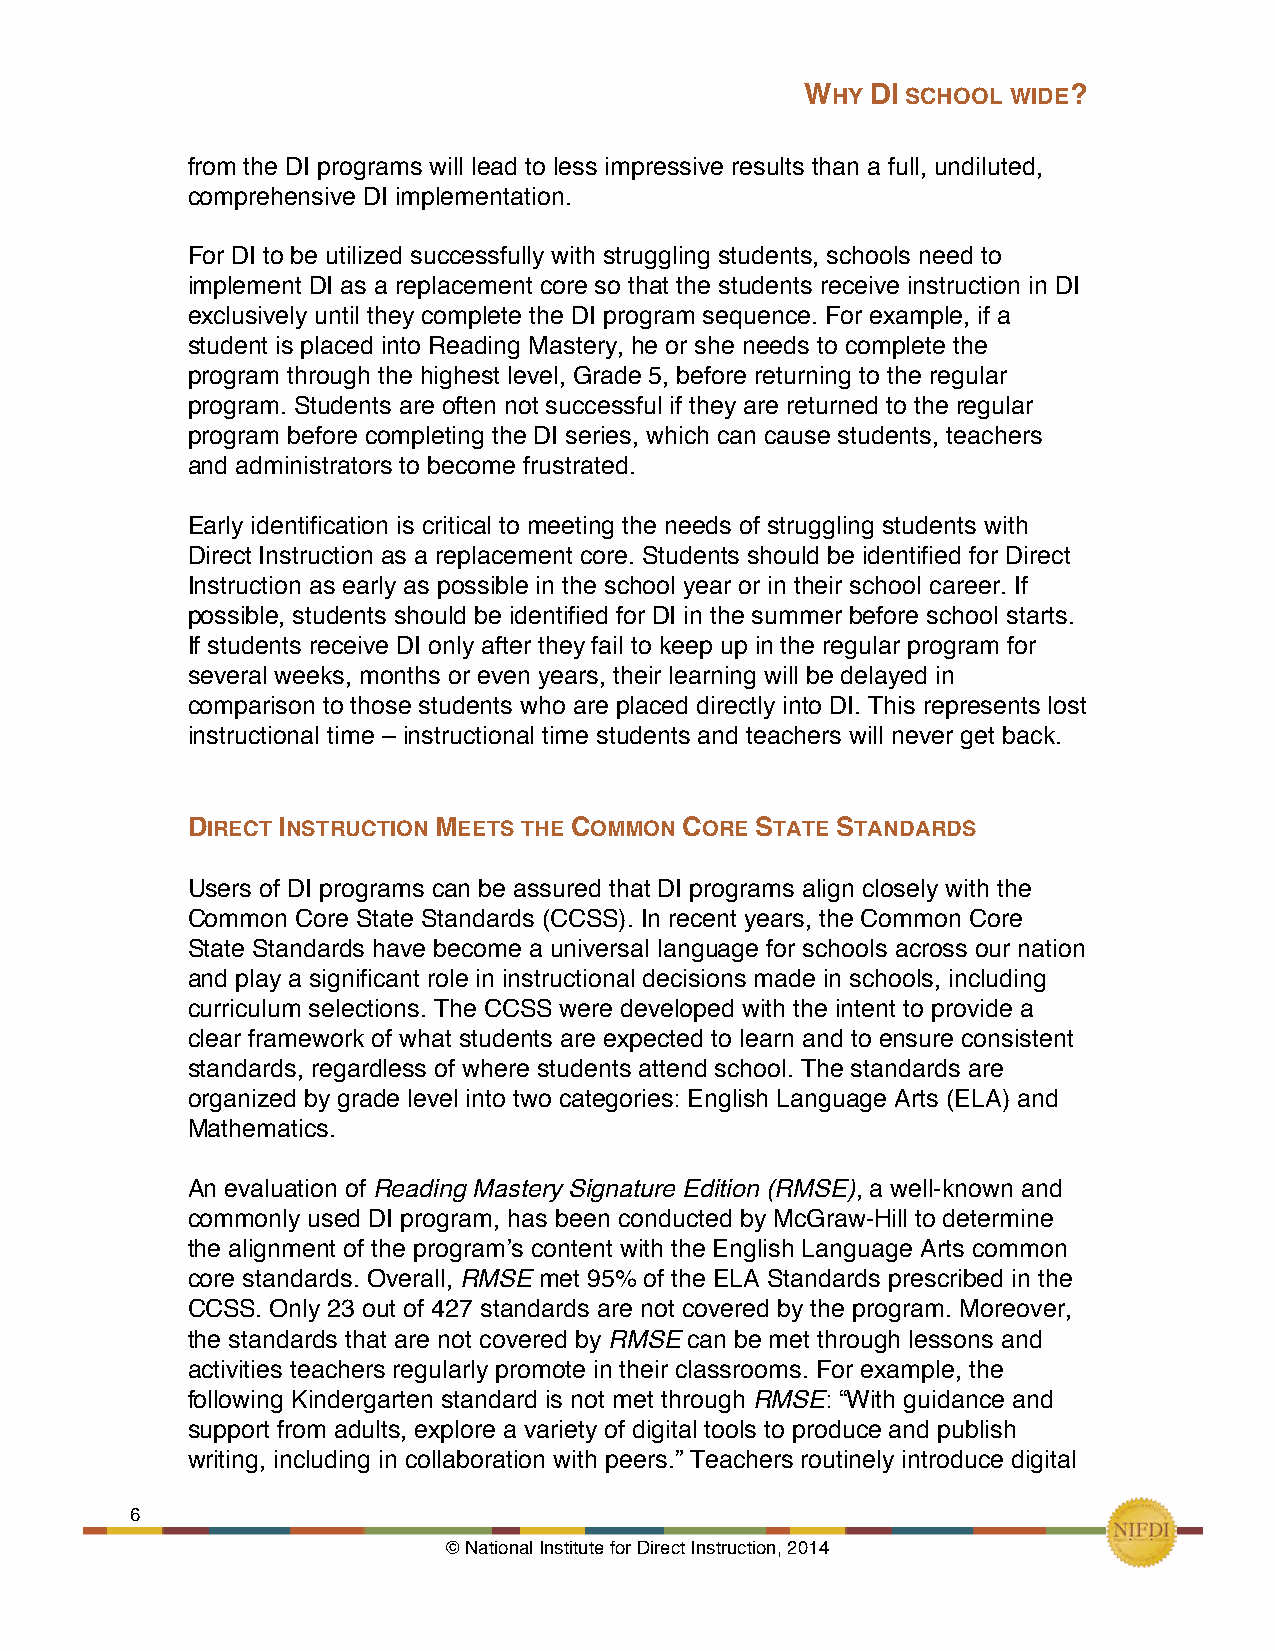
WHY  DI SCHOOL WIDE?
 !
 from the DI programs will lead to less impressive results than a full, undiluted,
 comprehensive DI implementation. !
 !
 For DI to be utilized successfully with struggling students, schools need to
 implement DI as a replacement core so that the students receive instruction in DI
 exclusively until they complete the DI program sequence. For example, if a
 student is placed into Reading Mastery, he or she needs to complete the
 program through the highest level, Grade 5, before returning to the regular
 program. Students are often not successful if they are returned to the regular
 program before completing the DI series, which can cause students, teachers
 and administrators to become frustrated.!
 !
 Early identification is critical to meeting the needs of struggling students with
 Direct Instruction as a replacement core. Students should be identified for Direct
 Instruction as early as possible in the school year or in their school career. If
 possible, students should be identified for DI in the summer before school starts.
 If students receive DI only after they fail to keep up in the regular program for
 several weeks, months or even years, their learning will be delayed in
 comparison to those students who are placed directly into DI. This represents lost
 instructional time – instructional time students and teachers will never get back.!
 DIRECT INSTRUCTION MEETS THE COMMON CORE STATE STANDARDS
 Users of DI programs can be assured that DI programs align closely with the
 Common  Core State Standards (CCSS). In recent years, the Common Core
 State Standards have become a universal language for schools across our nation
 and play a significant role in instructional decisions made in schools, including
 curriculum selections. The CCSS were developed with the intent to provide a
 clear framework of what students are expected to learn and to ensure consistent
 standards, regardless of where students attend school. The standards are
 organized by grade level into two categories: English Language Arts (ELA) and
 Mathematics.
 An evaluation of Reading Mastery Signature Edition (RMSE), a well-known and
 commonly used DI program, has been conducted by McGraw-Hill to determine
 the alignment of the program’s content with the English Language Arts common
 core standards. Overall, RMSE met 95% of the ELA Standards prescribed in the
 CCSS. Only 23 out of 427 standards are not covered by the program. Moreover,
 the standards that are not covered by RMSE can be met through lessons and
 activities teachers regularly promote in their classrooms. For example, the
 following Kindergarten standard is not met through RMSE: “With guidance and
 support from adults, explore a variety of digital tools to produce and publish
 writing, including in collaboration with peers.” Teachers routinely introduce digital
 6!    !
 © National Institute for Direct Instruction, 2014!